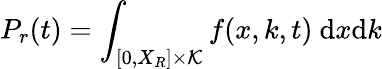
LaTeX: P_{r}(t)=\int_{[0,X_{R}]\times\mathcal{K}}f(x,k,t)~\mathrm{d}x\mathrm{d}k